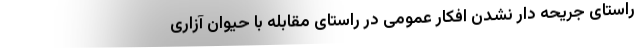
راستای جریحه دار نشدن افکار عمومی در راستای مقابله با حیوان آزاری